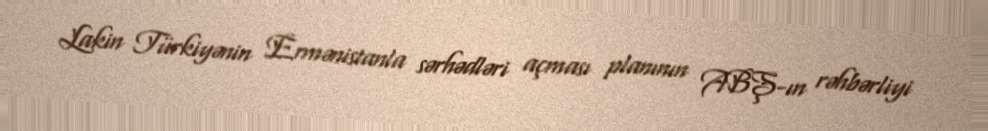
Lakin Türkiyənin Ermənistanla sərhədləri açması planının ABŞ-ın rəhbərliyi